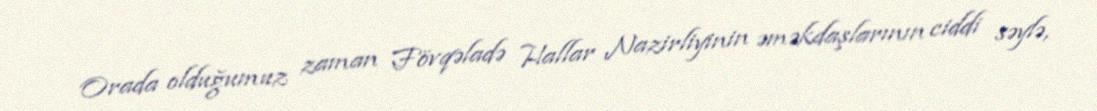
Orada olduğumuz zaman Fövqəladə Hallar Nazirliyinin əməkdaşlarının ciddi səylə,